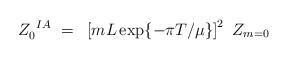
LaTeX: \begin{align*}Z_0^{~IA}~=~ \left[mL\exp\{-\pi T/\mu\}\right]^2~Z_{m=0}\end{align*}